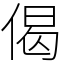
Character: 偈